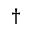
^ { \dagger }